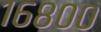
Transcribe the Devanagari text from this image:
१६८००